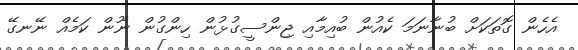
އެހެން ގޮތަކަށް ބުނާނަމަ ކެއުން ބުއިމާއި ޖިންސީގުޅުން ހިންގުން ނޫން ކަމެއް ނޭނގޭ